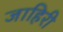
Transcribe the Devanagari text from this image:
जाहिरी